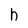
Character: h